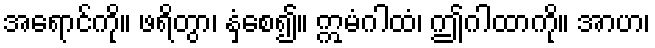
အရောင်ကို။ ဖရိတွာ၊ နှံ့စေ၍။ ဣမံဂါထံ၊ ဤဂါထာကို။ အာဟ၊